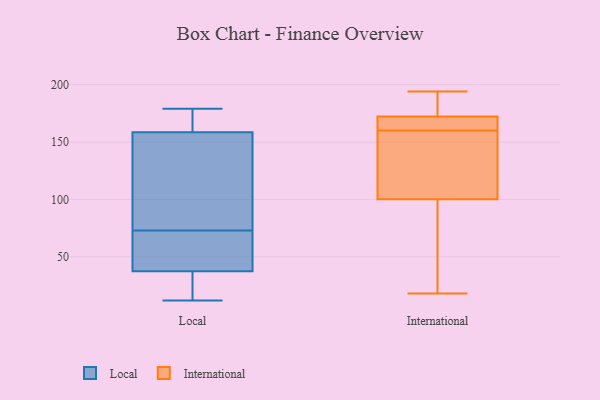
{"axis": {"x": "Operating Costs (USD K)", "y": "Value"}, "legend": ["International", "Local"], "data": [{"x": "", "y": 18, "type": "Local"}, {"x": "", "y": 63, "type": "Local"}, {"x": "", "y": 172, "type": "Local"}, {"x": "", "y": 179, "type": "Local"}, {"x": "", "y": 152, "type": "Local"}, {"x": "", "y": 166, "type": "Local"}, {"x": "", "y": 104, "type": "Local"}, {"x": "", "y": 118, "type": "Local"}, {"x": "", "y": 79, "type": "Local"}, {"x": "", "y": 124, "type": "Local"}, {"x": "", "y": 12, "type": "Local"}, {"x": "", "y": 36, "type": "Local"}, {"x": "", "y": 35, "type": "Local"}, {"x": "", "y": 39, "type": "Local"}, {"x": "", "y": 168, "type": "Local"}, {"x": "", "y": 46, "type": "Local"}, {"x": "", "y": 22, "type": "Local"}, {"x": "", "y": 165, "type": "Local"}, {"x": "", "y": 67, "type": "Local"}, {"x": "", "y": 64, "type": "Local"}, {"x": "", "y": 163, "type": "International"}, {"x": "", "y": 184, "type": "International"}, {"x": "", "y": 138, "type": "International"}, {"x": "", "y": 71, "type": "International"}, {"x": "", "y": 160, "type": "International"}, {"x": "", "y": 168, "type": "International"}, {"x": "", "y": 170, "type": "International"}, {"x": "", "y": 176, "type": "International"}, {"x": "", "y": 194, "type": "International"}, {"x": "", "y": 62, "type": "International"}, {"x": "", "y": 18, "type": "International"}, {"x": "", "y": 120, "type": "International"}, {"x": "", "y": 152, "type": "International"}, {"x": "", "y": 189, "type": "International"}, {"x": "", "y": 34, "type": "International"}, {"x": "", "y": 110, "type": "International"}, {"x": "", "y": 171, "type": "International"}]}